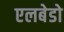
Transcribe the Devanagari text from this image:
एलबेडो